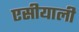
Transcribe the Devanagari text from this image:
एसीयाली